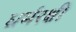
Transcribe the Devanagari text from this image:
धर्मरक्षी